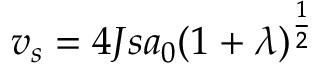
v _ { s } = 4 J s a _ { 0 } ( 1 + \lambda ) ^ { \frac { 1 } { 2 } }